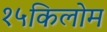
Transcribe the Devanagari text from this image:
१५किलोम